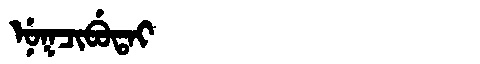
Manchu: ᠨᡠᡴᠴᡳᠪᡠᡨᠠᡳ
Romanization: NUKCIBUTAI